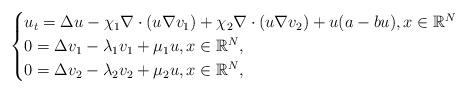
LaTeX: \begin{align*}\begin{cases}u_{t}= \Delta u-\chi_1 \nabla \cdot (u \nabla v_1)+\chi_2 \nabla \cdot (u \nabla v_2) + u(a-bu),x\in\mathbb{R}^N\\0=\Delta v_1-\lambda_1v_1+\mu_1u, x\in\mathbb{R}^N,\\0=\Delta v_2-\lambda_2v_2+\mu_2u, x\in\mathbb{R}^N,\end{cases}\end{align*}